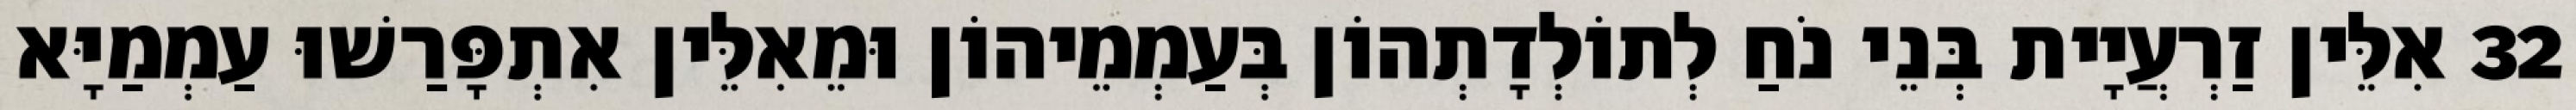
32 אִלֵּין זַרְעֲיָית בְּנֵי נֹחַ לְתוֹלְדָתְהוֹן בְּעַמְמֵיהוֹן וּמֵאִלֵּין אִתְפָּרַשׁוּ עַמְמַיָּא